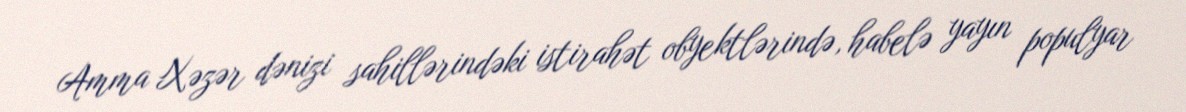
Amma Xəzər dənizi sahillərindəki istirahət obyektlərində, habelə yayın populyar